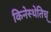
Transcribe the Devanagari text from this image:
किनेस्थेतिच्